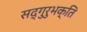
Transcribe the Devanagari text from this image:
सद्गुरुभक्ति